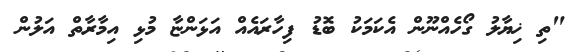
"ތި ޚިޔާލު ގޯހެއްނޫން އެކަމަކު ބޮޑު ފިހާރައެއް އަޅަންޏާ މުޅި އިމާރާތް އަލުން